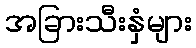
အခြားသီးနှံများ